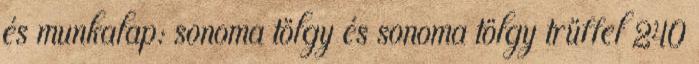
és munkalap: sonoma tölgy és sonoma tölgy trüffel 240